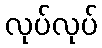
လုပ်လုပ်